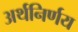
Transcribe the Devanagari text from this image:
अर्थनिर्णय